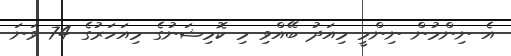
އެ ނިންމުން ނިންމީ މިއަދު ބޭއްވި މި ކޮމިޝަނުގެ މިއަހަރުގެ 74 ވަނަ